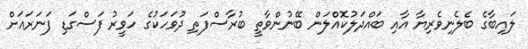
ލައިބާގެ ބެލެނިވެރިޔާ އާއި ބައްދަލުކޮއްލަން ބޭނުންވާތީ ބުރާސްފަތި ދުވަހަކުގެ ހަވީރު ފަސްގަޑި ފަނަރައަށް